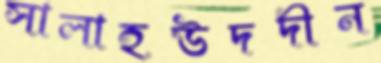
সালাহউদদীন